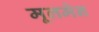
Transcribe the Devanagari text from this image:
मूलमेन